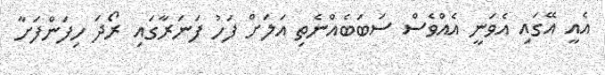
އެއީ އޭގައި އެވަނީ އެއްވެސް ސަބަބެއްނެތި އަލަށް ފަހު ފަނަރާގައި ރޯދަ ހިފަންފަށާ